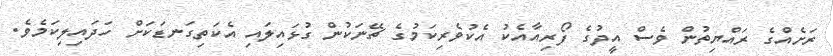
ރަށެއްގެ ރައްޔިތުން ވެސް އީދުގެ ފޯރިއާއެކު އެކުވެރިކަމުގެ ޗޭނަކުން ގުޅައިލައި އެކަތިގަނޑަކަށް ހަދައިލިކަމެވެ.